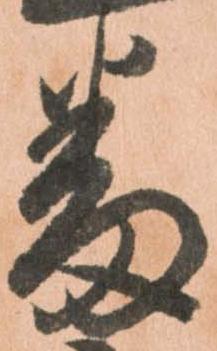
番